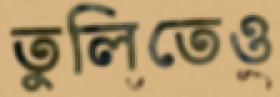
তুলিতেও